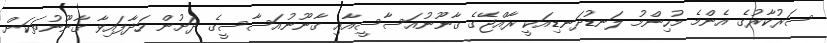
ސަރުކާރުގެ އެންމެ މުހިންމު ލަނޑުދަނޑިއަކީ ރާއްޖޭގެ ޤާނޫނުއަސާސީއާއި ޤާނޫނުއަސާސީގެ ދަށުން ހަދާފައިވާ ޤާނޫނުތަކަށް